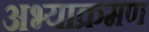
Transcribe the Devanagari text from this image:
अभ्याक्रमण